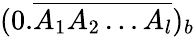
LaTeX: (0.{\overline{{A_{1}A_{2}\ldots A_{l}}}})_{b}